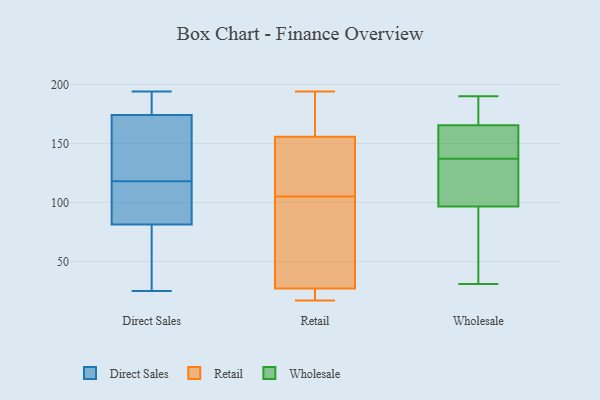
{"axis": {"x": "Humidity (%)", "y": "Value"}, "legend": ["Direct Sales", "Retail", "Wholesale"], "data": [{"x": "", "y": 169, "type": "Direct Sales"}, {"x": "", "y": 190, "type": "Direct Sales"}, {"x": "", "y": 108, "type": "Direct Sales"}, {"x": "", "y": 122, "type": "Direct Sales"}, {"x": "", "y": 194, "type": "Direct Sales"}, {"x": "", "y": 96, "type": "Direct Sales"}, {"x": "", "y": 191, "type": "Direct Sales"}, {"x": "", "y": 33, "type": "Direct Sales"}, {"x": "", "y": 25, "type": "Direct Sales"}, {"x": "", "y": 118, "type": "Direct Sales"}, {"x": "", "y": 88, "type": "Direct Sales"}, {"x": "", "y": 61, "type": "Direct Sales"}, {"x": "", "y": 156, "type": "Direct Sales"}, {"x": "", "y": 27, "type": "Retail"}, {"x": "", "y": 115, "type": "Retail"}, {"x": "", "y": 105, "type": "Retail"}, {"x": "", "y": 22, "type": "Retail"}, {"x": "", "y": 27, "type": "Retail"}, {"x": "", "y": 185, "type": "Retail"}, {"x": "", "y": 146, "type": "Retail"}, {"x": "", "y": 44, "type": "Retail"}, {"x": "", "y": 192, "type": "Retail"}, {"x": "", "y": 125, "type": "Retail"}, {"x": "", "y": 194, "type": "Retail"}, {"x": "", "y": 87, "type": "Retail"}, {"x": "", "y": 17, "type": "Retail"}, {"x": "", "y": 138, "type": "Wholesale"}, {"x": "", "y": 190, "type": "Wholesale"}, {"x": "", "y": 31, "type": "Wholesale"}, {"x": "", "y": 189, "type": "Wholesale"}, {"x": "", "y": 74, "type": "Wholesale"}, {"x": "", "y": 46, "type": "Wholesale"}, {"x": "", "y": 136, "type": "Wholesale"}, {"x": "", "y": 129, "type": "Wholesale"}, {"x": "", "y": 182, "type": "Wholesale"}, {"x": "", "y": 149, "type": "Wholesale"}, {"x": "", "y": 119, "type": "Wholesale"}, {"x": "", "y": 147, "type": "Wholesale"}]}